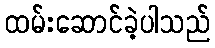
ထမ်းဆောင်ခဲ့ပါသည်